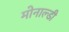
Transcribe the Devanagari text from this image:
मोनाल्डी